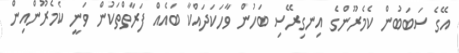
އޭގެ ސަބަބުން ކެމެރޫންގެ އިނގިރޭސި ބަހުން ވާހަކަދައްކާ ބައެއް ފަރާތްތަކުން ވަނީ ކެމެރޫންއިން